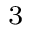
^ 3